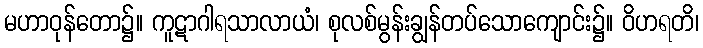
မဟာဝုန်တော၌။ ကူဋာဂါရသာလာယံ၊ စုလစ်မွန်းချွန်တပ်သောကျောင်း၌။ ဝိဟရတိ၊